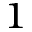
^ 1